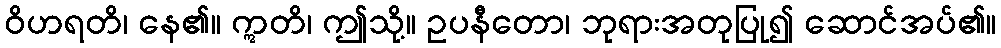
ဝိဟရတိ၊ နေ၏။ ဣတိ၊ ဤသို့။ ဥပနီတော၊ ဘုရားအတုပြု၍ ဆောင်အပ်၏။